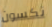
نكسون